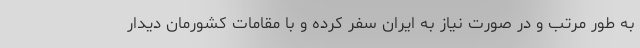
به طور مرتب و در صورت نیاز به ایران سفر کرده و با مقامات کشورمان دیدار